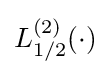
L_{1/2}^{(2)}(\cdot )